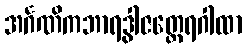
အင်္ဂဏိကဘာရဒွါဇတ္ထေရဂါထာ